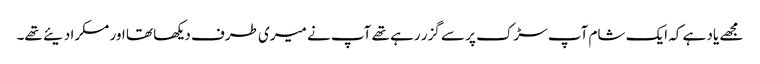
مجھے یاد ہے کہ ایک شام آپ سڑک پر سے گزر رہے تھے آپ نے میری طرف دیکھا تھا اور مسکرا دیئے تھے۔